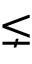
\lneq